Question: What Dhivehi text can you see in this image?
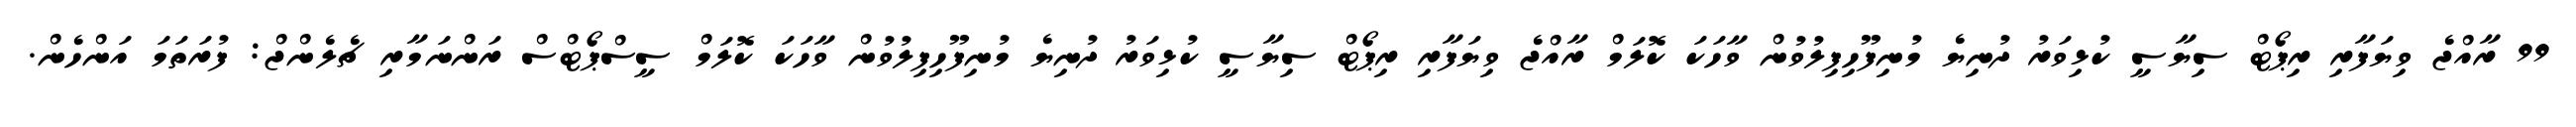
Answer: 99 ރާއްޖެ ވިޔަފާރި ރިޕޯޓް ސިޔާސީ ކުޅިވަރު ދުނިޔެ މުނިފޫހިފިލުވުން ވާހަކަ ކޮލަމް ރާއްޖެ ވިޔަފާރި ރިޕޯޓް ސިޔާސީ ކުޅިވަރު ދުނިޔެ މުނިފޫހިފިލުވުން ވާހަކަ ކޮލަމް ސީސްޕޯޓްސް ރަންނަމާރި ޗެލެންޖް: ފުރަތަމަ އަންހެން.